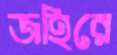
জহিরে